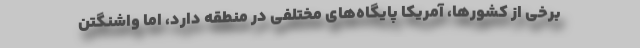
برخی از کشورها، آمریکا پایگاه‌های مختلفی در منطقه دارد، اما واشنگتن